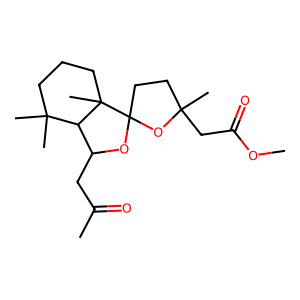
SMILES: COC(=O)CC1(C)CCC2(OC(CC(C)=O)C3C(C)(C)CCCC32C)O1
Inhibits HIV replication: No